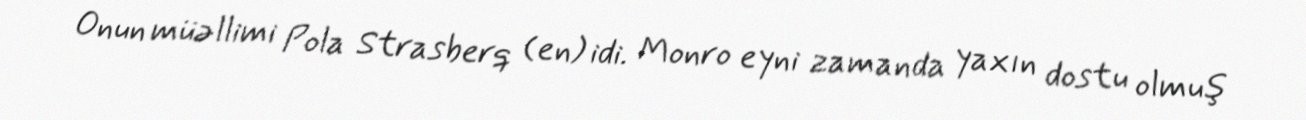
Onun müəllimi Pola Strasberq (en) idi. Monro eyni zamanda yaxın dostu olmuş